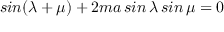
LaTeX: s i n ( \lambda + \mu ) + 2 m a \, s i n \, \lambda \, s i n \, \mu = 0